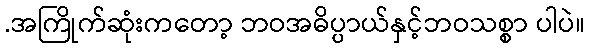
.အကြိုက်ဆုံးကတော့ ဘဝအဓိပ္ပာယ်နှင့်ဘဝသစ္စာ ပါပဲ။